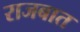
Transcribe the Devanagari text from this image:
राजबात